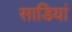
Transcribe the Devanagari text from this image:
साडियां